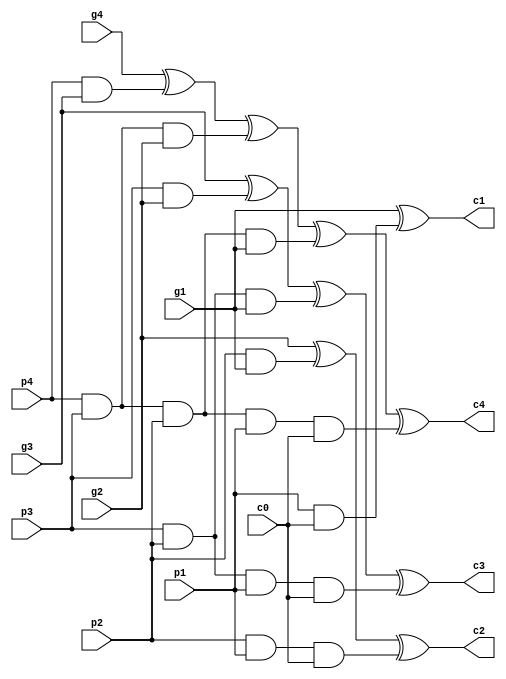
module adder_4CLA(c0,c1,c2,c3,c4,p1,p2,p3,p4,g1,g2,g3,g4);
   
	 input c0,g1,g2,g3,g4,p1,p2,p3,p4;
	 output c1,c2,c3,c4;
	 
	 assign c1 = g1 ^ (p1 & c0),
	        c2 = g2 ^ (p2 & g1) ^ (p2 & p1 & c0),
			c3 = g3 ^ (p3 & g2) ^ (p3 & p2 & g1) ^ (p3 & p2 & p1 & c0),
			c4 = g4^(p4&g3)^(p4&p3&g2)^(p4&p3&p2&g1)^(p4&p3&p2&p1&c0);
	 
endmodule